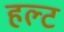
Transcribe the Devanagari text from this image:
हल्ट